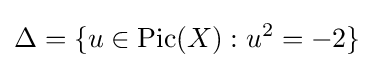
\Delta =\{u\in \operatorname {Pic} (X):u^{2}=-2\}